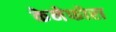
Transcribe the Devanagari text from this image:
केनेफोरा